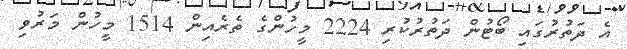
އެ ދަތުރުގައި ބޯޓުން ދަތުރުކުރި 2224 މީހުންގެ ތެރެއިން 1514 މީހުން މަރުވި